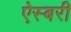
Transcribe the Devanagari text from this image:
ऐस्बरी